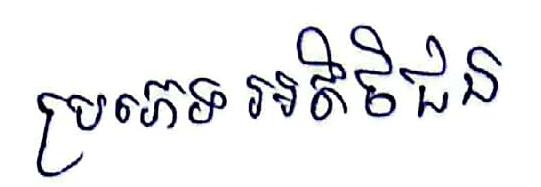
ប្រភេទ អតិថិជន